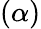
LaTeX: (\alpha)